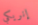
إنريكي